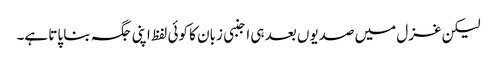
لیکن غزل میں صدیوں بعد ہی اجنبی زبان کا کوئی لفظ اپنی جگہ بنا پاتا ہے۔